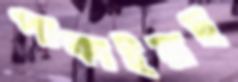
পাকাইয়াছ